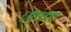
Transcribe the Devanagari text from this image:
८य्९र्६ए६